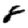
Digit: 8